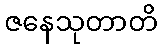
ဇနေသုတာတိ